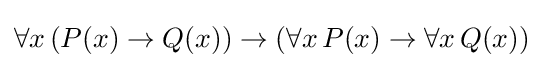
\forall x\,(P(x)\rightarrow Q(x))\rightarrow (\forall x\,P(x)\rightarrow \forall x\,Q(x))